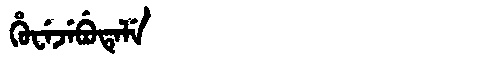
Manchu: ᡥᡠᠸᡝᠵᡝᠪᡠᡨᡝᠯᡝ
Romanization: HUWEJEBUTELE